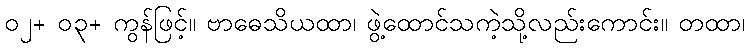
၀၂+ ၀၃+ ကွန်ဖြင့်။ ဗာဓေသိယထာ၊ ဖွဲ့ထောင်သကဲ့သို့လည်းကောင်း။ တထာ၊